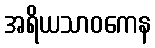
အရိယသာဝကေန